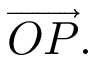
{ \overrightarrow { O P } } .